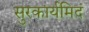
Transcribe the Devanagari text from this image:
सुरकार्यमिदं